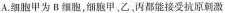
A.细胞甲为B细胞，细胞甲、乙丙都能接受抗原刺激